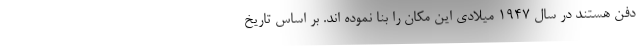
دفن هستند در سال ۱۹۴۷ میلادی این مکان را بنا نموده اند. بر اساس تاریخ